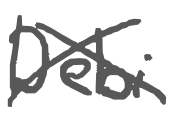
Text: Debi
Cross-out: cross
Writing tool: digital_gray